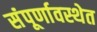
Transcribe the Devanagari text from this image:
संंपूर्णावस्थेत